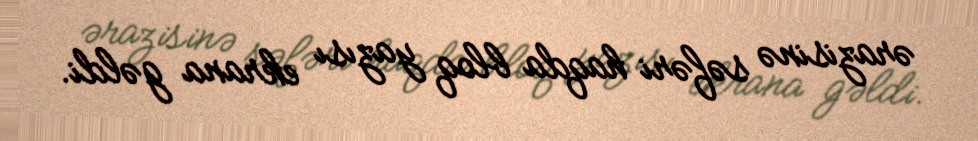
ərazisinə səfəri haqda bloq yazısı ekrana gəldi.